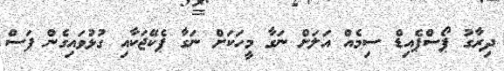
ދިރާގު ޕޯސްޕެއިޑް ސިމެއް އަލަށް ނަގާ މީހަކަށް ނަގާ ޕެކޭޖަކާއި ގުޅުވައިގެން ފަސް